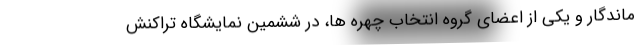
ماندگار و یکی از اعضای گروه انتخاب چهره ها، در ششمین نمایشگاه تراکنش